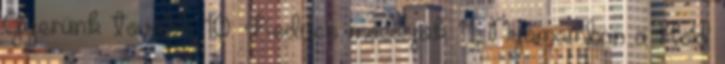
Gyerünk tovább 10. Kedves mosolyok 11. Nyomomban a Hold